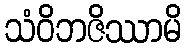
သံဝိဘဇိဿာမိ